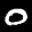
Label: 0